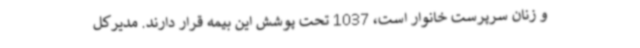
و زنان سرپرست خانوار است، 1037 تحت پوشش این بیمه قرار دارند. مدیرکل